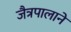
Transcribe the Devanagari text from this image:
जैत्रपालाने